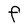
Character: F